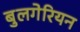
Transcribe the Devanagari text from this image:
बुलगेरियन